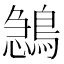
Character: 𪂺